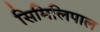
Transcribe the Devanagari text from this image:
सिमिलिपाल